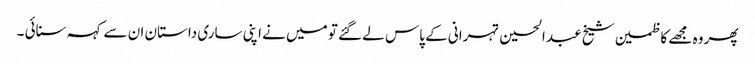
پھر وہ مجھے کاظمین شیخ عبد الحسین تہرانی کے پاس لے گئے تو میں نے اپنی ساری داستان ان سے کہہ سنائی ۔